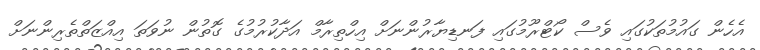
އެހެން ގައުމުތަކުގައި ވެސް ކޯޓްރޫމުގައި ފަނޑިޔާރުންނަށް އިހްތިރާމް އަދާކުރުމުގެ ގޮތުން ނުވަތަ އިއްޒަތްތެރިންނަށް